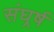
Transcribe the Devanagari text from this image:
संघर्र्ष